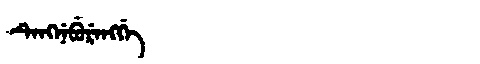
Manchu: ᡨᡝᠩᠨᡝᠪᡠᡵᡝᠩᡤᡝ
Romanization: TENGNEBURENGGE